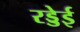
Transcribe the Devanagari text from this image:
रड्डेई